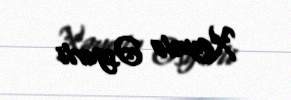
Xəyalə Əsgərli